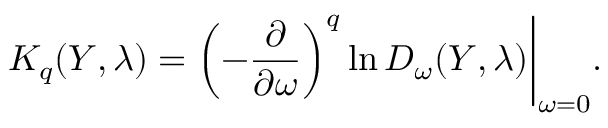
K _ { q } ( Y , \lambda ) = \left( - \frac { \partial } { \partial \omega } \right) ^ { q } \ln D _ { \omega } ( Y , \lambda ) \biggl | _ { \omega = 0 } .